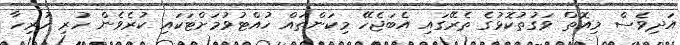
އަދިވެސް މިއޮތް ވަގުތުކޮޅުގެ ތެރޭގައި އެބަޖެހޭ މިކަންތައް ހުއްޓުވުމަށްޓަކައި ކުރެވެން ހުރި ހުރިހާ